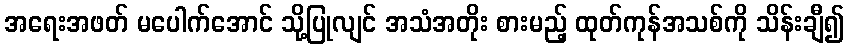
အရေးအဖတ် မပေါက်အောင် သို့ပြုလျင် အသံအတိုး စားမည့် ထုတ်ကုန်အသစ်ကို သိန်းချီ၍